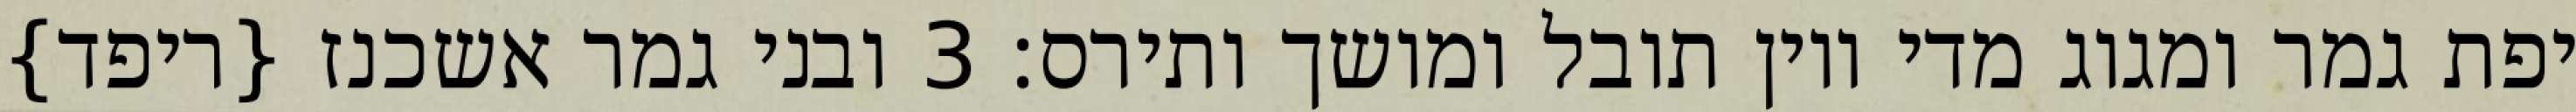
יפת גמר ומגוג מדי ויון תובל ומושך ותירס׃ ‎3‏ ובני גמר אשכנז {ריפד}